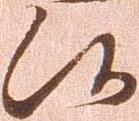
候